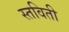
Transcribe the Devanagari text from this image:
स्तविती